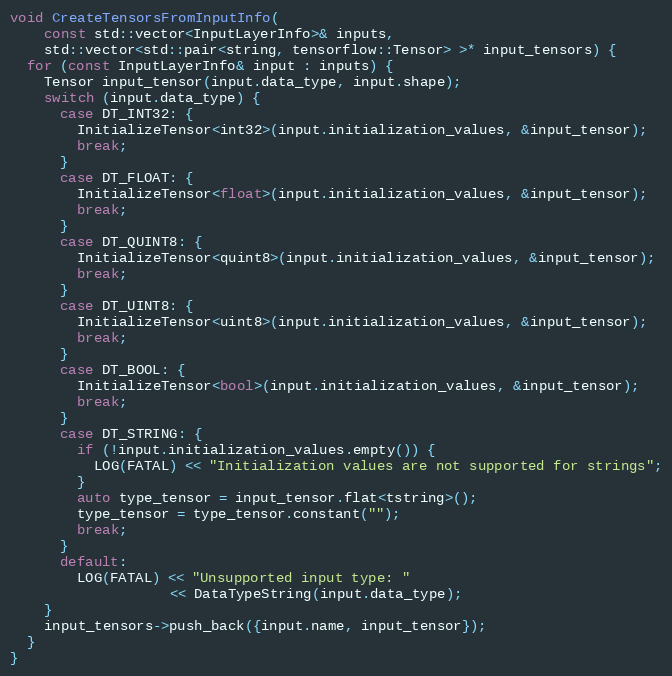
Language: C++
void CreateTensorsFromInputInfo(
    const std::vector<InputLayerInfo>& inputs,
    std::vector<std::pair<string, tensorflow::Tensor> >* input_tensors) {
  for (const InputLayerInfo& input : inputs) {
    Tensor input_tensor(input.data_type, input.shape);
    switch (input.data_type) {
      case DT_INT32: {
        InitializeTensor<int32>(input.initialization_values, &input_tensor);
        break;
      }
      case DT_FLOAT: {
        InitializeTensor<float>(input.initialization_values, &input_tensor);
        break;
      }
      case DT_QUINT8: {
        InitializeTensor<quint8>(input.initialization_values, &input_tensor);
        break;
      }
      case DT_UINT8: {
        InitializeTensor<uint8>(input.initialization_values, &input_tensor);
        break;
      }
      case DT_BOOL: {
        InitializeTensor<bool>(input.initialization_values, &input_tensor);
        break;
      }
      case DT_STRING: {
        if (!input.initialization_values.empty()) {
          LOG(FATAL) << "Initialization values are not supported for strings";
        }
        auto type_tensor = input_tensor.flat<tstring>();
        type_tensor = type_tensor.constant("");
        break;
      }
      default:
        LOG(FATAL) << "Unsupported input type: "
                   << DataTypeString(input.data_type);
    }
    input_tensors->push_back({input.name, input_tensor});
  }
}